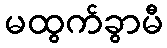
မထွက်ခွာမီ